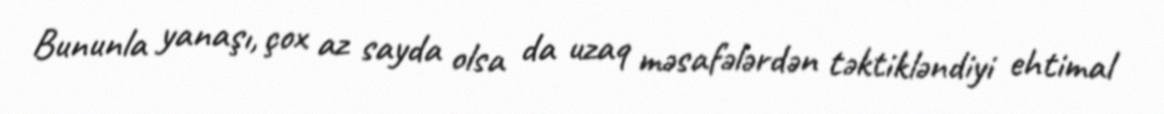
Bununla yanaşı, çox az sayda olsa da uzaq məsafələrdən təktikləndiyi ehtimal